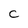
Character: C